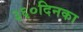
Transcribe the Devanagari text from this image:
३६०दिनका